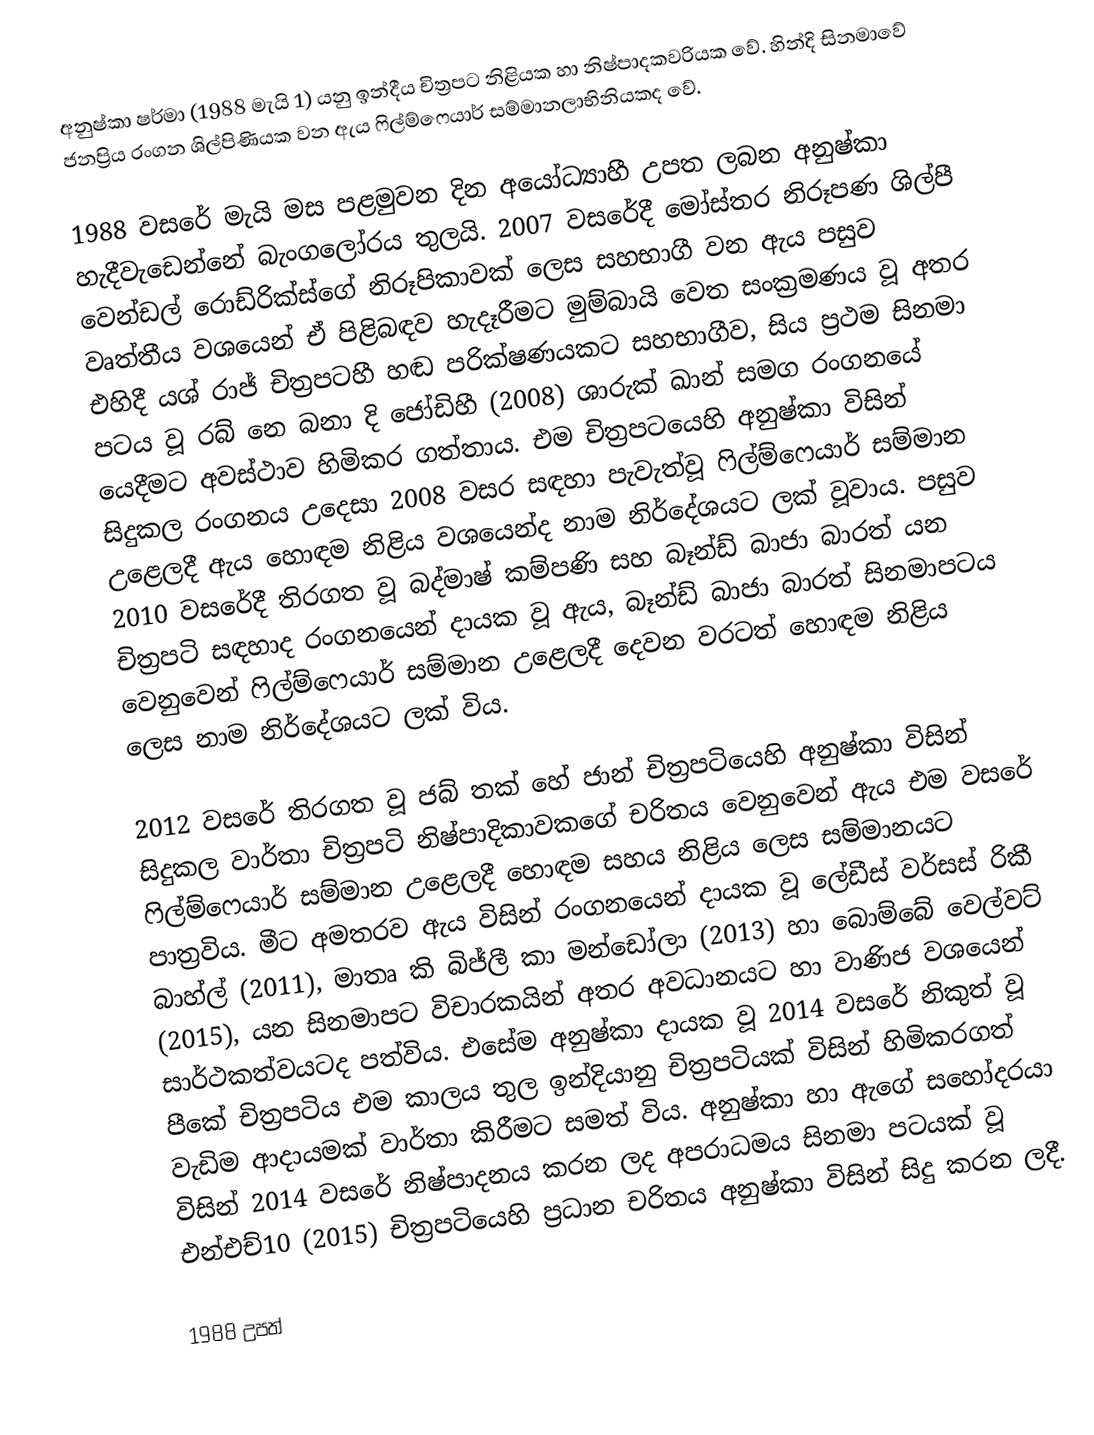
අනුෂ්කා ෂර්මා (1988 මැයි 1) යනු ඉන්දීය චිත්‍රපට නිළියක හා නිෂ්පාදකවරියක වේ. හින්දි සිනමාවේ ජනප්‍රිය රංගන ශිල්පිණියක වන ඇය ෆිල්ම්ෆෙයාර් සම්මානලාභිනියකද වේ.

1988 වසරේ මැයි මස පළමුවන දින අයෝධ්‍යාහී උපත ලබන අනුෂ්කා හැදීවැඩෙන්නේ බැංගලෝරය තුලයි. 2007 වසරේදී මෝස්තර නිරූපණ ශිල්පී වෙන්ඩල් රොඩ්රික්ස්ගේ නිරූපිකාවක් ලෙස සහභාගී වන ඇය පසුව වෘත්තීය වශයෙන් ඒ පිළිබඳව හැදෑරීමට මුම්බායි වෙත සංක්‍රමණය වූ අතර එහිදී යශ් රාජ් චිත්‍රපටහී හඬ පරික්ෂණයකට සහභාගීව, සිය ප්‍රථම සිනමා පටය වූ රබ් නෙ බනා දි ජෝඩිහී (2008) ශාරුක් ඛාන් සමග රංගනයේ යෙදීමට අවස්ථාව හිමිකර ගත්තාය. එම චිත්‍රපටයෙහි අනුෂ්කා විසින් සිදුකල රංගනය උදෙසා 2008 වසර සඳහා පැවැත්වූ ෆිල්ම්ෆෙයාර් සම්මාන උළෙලදී ඇය හොඳම නිළිය වශයෙන්ද නාම නිර්දේශයට ලක් වූවාය. පසුව 2010 වසරේදී තිරගත වූ බද්මාෂ් කම්පණි සහ බෑන්ඩ් බාජා බාරත් යන චිත්‍රපටි සඳහාද රංගනයෙන් දායක වූ ඇය, බෑන්ඩ් බාජා බාරත් සිනමාපටය වෙනුවෙන් ෆිල්ම්ෆෙයාර් සම්මාන උළෙලදී දෙවන වරටත් හොඳම නිළිය ලෙස නාම නිර්දේශයට ලක් විය.

2012 වසරේ තිරගත වූ ජබ් තක් හේ ජාන් චිත්‍රපටියෙහි අනුෂ්කා විසින් සිදුකල වාර්තා චිත්‍රපටි නිෂ්පාදිකාවකගේ චරිතය වෙනුවෙන් ඇය එම වසරේ ෆිල්ම්ෆෙයාර් සම්මාන උළෙලදී හොඳම සහය නිළිය ලෙස සම්මානයට පාත්‍රවිය. මීට අමතරව ඇය විසින් රංගනයෙන් දායක වූ ලේඩීස් වර්සස් රිකී බාහ්ල් (2011), මාතෘ කි බිජ්ලී කා මන්ඩෝලා (2013) හා බොම්බේ වෙල්වට් (2015), යන සිනමාපට විචාරකයින් අතර අවධානයට හා වාණිජ වශයෙන් සාර්ථකත්වයටද පත්විය. එසේම අනුෂ්කා දායක වූ 2014 වසරේ නිකුත් වූ පීකේ චිත්‍රපටිය එම කාලය තුල ඉන්දියානු චිත්‍රපටියක් විසින් හිමිකරගත් වැඩිම ආදායමක් වාර්තා කිරීමට සමත් විය. අනුෂ්කා හා ඇගේ සහෝදරයා විසින් 2014 වසරේ නිෂ්පාදනය කරන ලද අපරාධමය සිනමා පටයක් වූ එන්එච්10 (2015) චිත්‍රපටියෙහි ප්‍රධාන චරිතය අනුෂ්කා විසින් සිදු කරන ලදී.

1988 උපත්